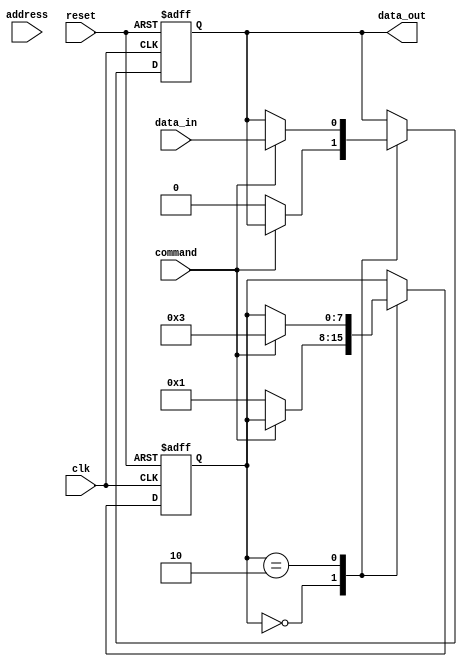
module ddr_sdram (
    input clk,
    input reset,
    input data_in,
    input address,
    input command,
    output reg data_out
);

reg [7:0] state;

always @(posedge clk or posedge reset) begin
    if (reset) begin
        state <= 0;
        data_out <= 0;
    end else begin
        case (state)
            0: begin
                if (command == 2'b00) begin
                    state <= 1;
                    data_out <= 0;
                end
            end
            1: begin
                if (command == 2'b10) begin
                    state <= 2;
                    data_out <= 0;
                end
            end
            2: begin
                if (command == 2'b01) begin
                    state <= 3;
                    data_out <= data_in;
                end
            end
            3: begin
                if (command == 2'b11) begin
                    state <= 0;
                end
            end
        endcase
    end
end

endmodule